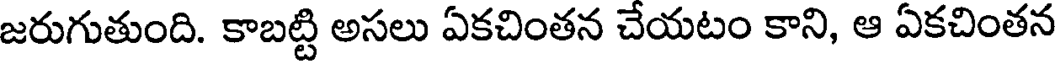
జరుగుతుంది. కాబట్టి అసలు ఏకచింతన చేయటం కాని, ఆ ఏకచింతన